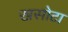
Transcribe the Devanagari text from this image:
खसोटा